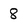
Character: 8